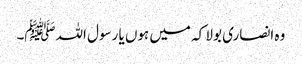
وہ انصاری بولا کہ میں ہوں یا رسول اللہﷺ۔